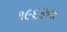
૧૯૬૪ના